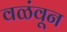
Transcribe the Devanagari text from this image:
वळंवून